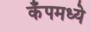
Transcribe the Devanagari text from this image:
कँपमध्ये